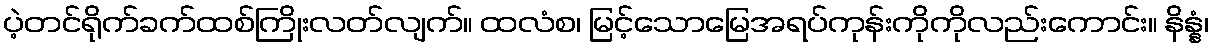
ပဲ့တင်ရိုက်ခက်ထစ်ကြိုးလတ်လျက်။ ထလံစ၊ မြင့်သောမြေအရပ်ကုန်းကိုကိုလည်းကောင်း။ နိန္နံ၊